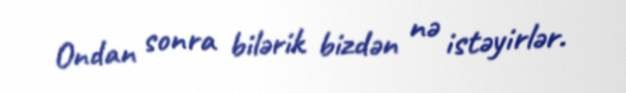
Ondan sonra bilərik bizdən nə istəyirlər.